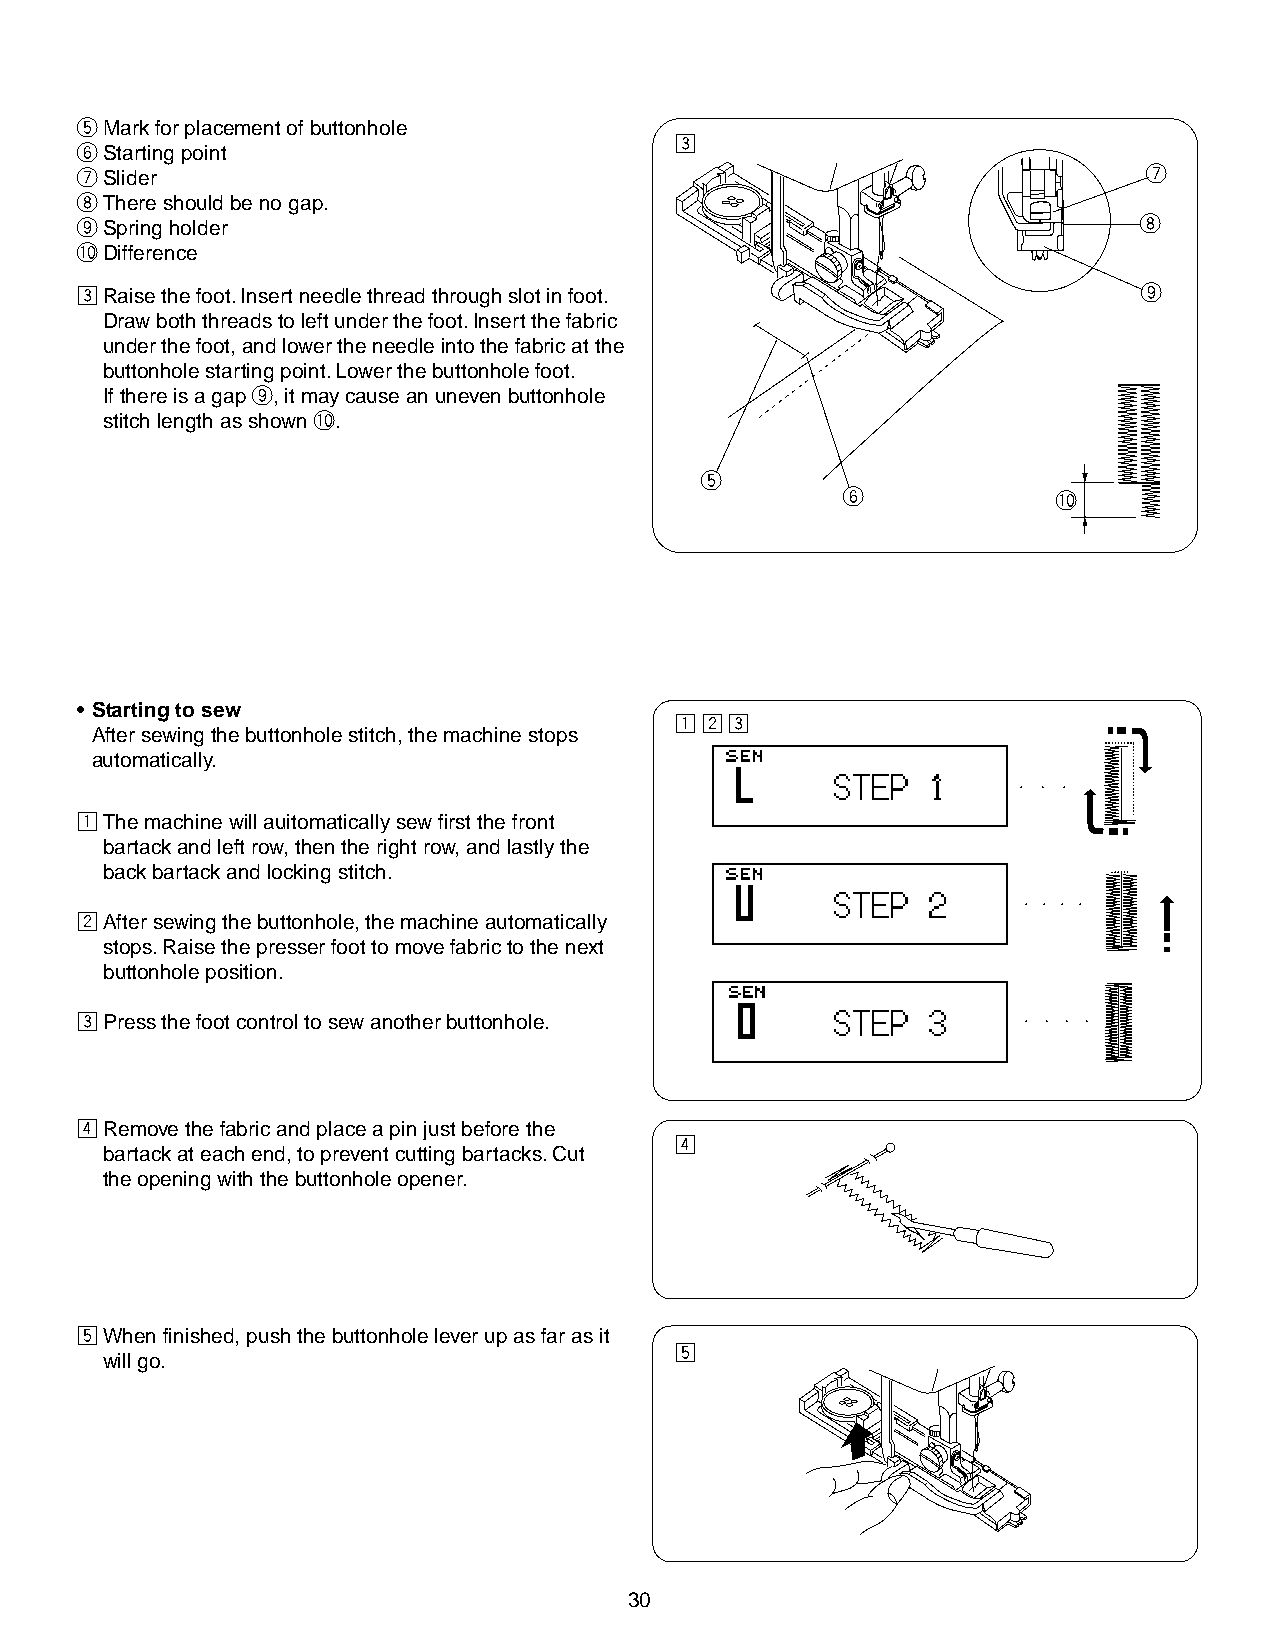
tMark for placement of buttonhole
 c
 yStarting point
 uSlider                                                                u
 iThere should be no gap.
 oSpring holder                                                         i
 !0Difference
 cRaise the foot. Insert needle thread through slot in foot.            o
 Draw both threads to left under the foot. Insert the fabric
 under the foot, and lower the needle into the fabric at the
 buttonhole starting point. Lower the buttonhole foot.
 If there is a gap o, it may cause an uneven buttonhole
 stitch length as shown !0.
 t
 y             !0
 • Starting to sew
 z x c
 After sewing the buttonhole stitch, the machine stops
 automatically.
 zThe machine will auitomatically sew first the front
 bartack and left row, then the right row, and lastly the
 back bartack and locking stitch.
 xAfter sewing the buttonhole, the machine automatically
 stops. Raise the presser foot to move fabric to the next
 buttonhole position.
 cPress the foot control to sew another buttonhole.
 vRemove the fabric and place a pin just before the
 v
 bartack at each end, to prevent cutting bartacks. Cut
 the opening with the buttonhole opener.
 bWhen finished, push the buttonhole lever up as far as it
 b
 will go.
 30
 ○
 ○
 ○
 ○
 ○
 ○
 ○
 ○
 ○
 ○
 ○